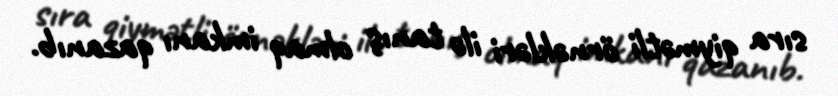
sıra qiymətli örnəkləri ilə tanış olmaq imkanı qazanıb.